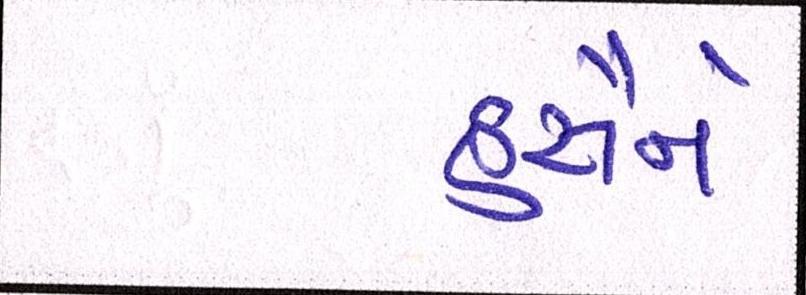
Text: હુસૈને